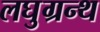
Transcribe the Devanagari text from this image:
लघुग्रन्थ